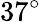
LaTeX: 37^{\circ}